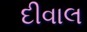
દીવાલ